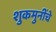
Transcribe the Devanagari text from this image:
शुकमुनींचे